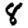
Digit: 8